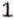
1